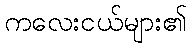
ကလေးငယ်များ၏